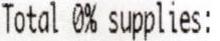
TOTAL 0% SUPPLIES: